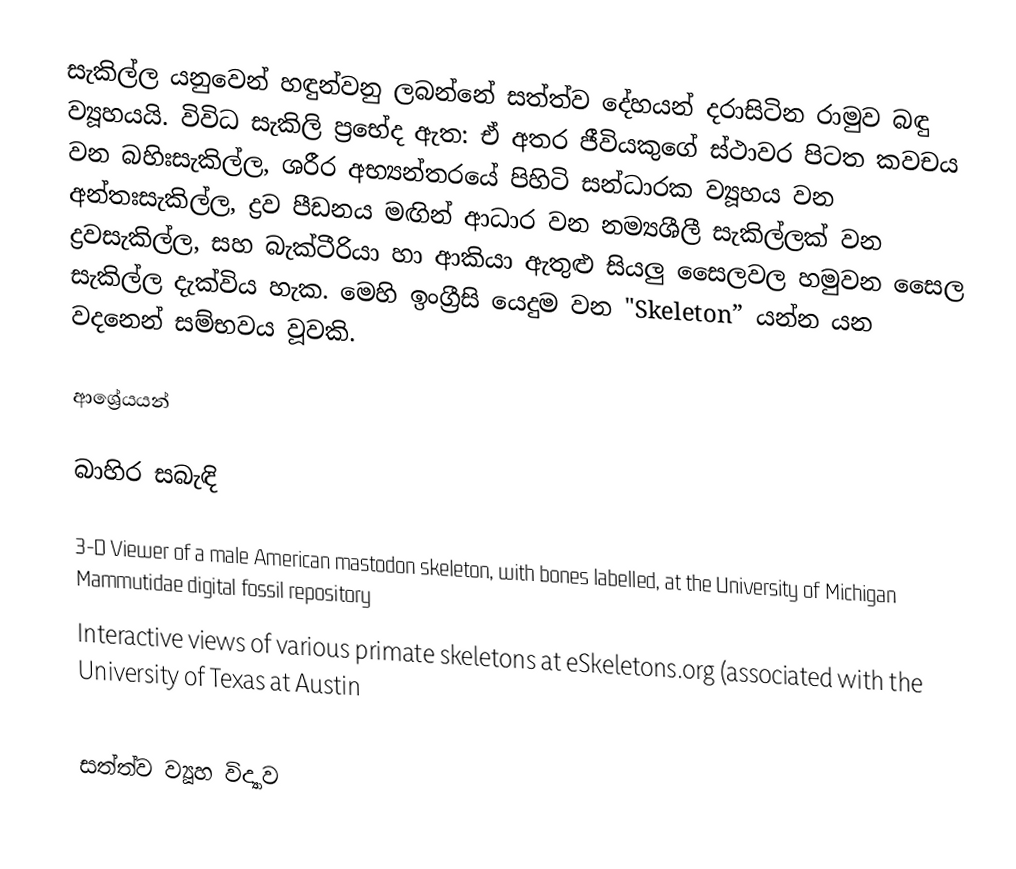
සැකිල්ල යනුවෙන් හඳුන්වනු ලබන්නේ සත්ත්ව දේහයන් දරාසිටින රාමුව බඳු ව්‍යූහයයි. විවිධ සැකිලි ප්‍රභේද ඇත: ඒ අතර ජීවියකුගේ ස්ථාවර පිටත කවචය වන බහිඃසැකිල්ල, ශරීර අභ්‍යන්තරයේ පිහිටි සන්ධාරක ව්‍යූහය වන අන්තඃසැකිල්ල, ද්‍රව පීඩනය මඟින් ආධාර වන නම්‍යශීලී සැකිල්ලක් වන ද්‍රවසැකිල්ල, සහ බැක්ටීරියා හා ආකියා ඇතුළු සියලු සෛලවල හමුවන සෛල සැකිල්ල දැක්විය හැක. මෙහි ඉංග්‍රීසි යෙදුම වන "Skeleton” යන්න  යන වදනෙන් සම්භවය වූවකි.

ආශ්‍රේයයන්

බාහිර සබැඳි

 3-D Viewer of a male American mastodon skeleton, with bones labelled, at the University of Michigan Mammutidae digital fossil repository
 Interactive views of various primate skeletons at eSkeletons.org (associated with the University of Texas at Austin

සත්ත්ව ව්‍යූහ විද්‍යාව